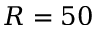
R = 5 0